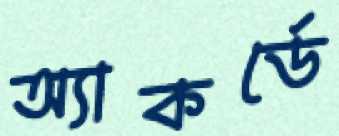
অ্যাকর্ডে